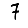
Digit: 7